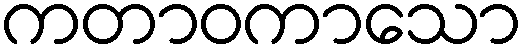
ကတာဝကာသော